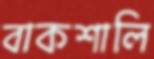
বাকশালি